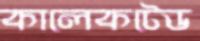
কালেকটেড